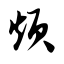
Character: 烦